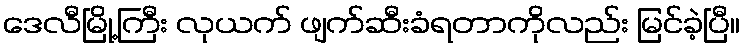
ဒေလီမြို့ကြီး လုယက် ဖျက်ဆီးခံရတာကိုလည်း မြင်ခဲ့ပြီ။